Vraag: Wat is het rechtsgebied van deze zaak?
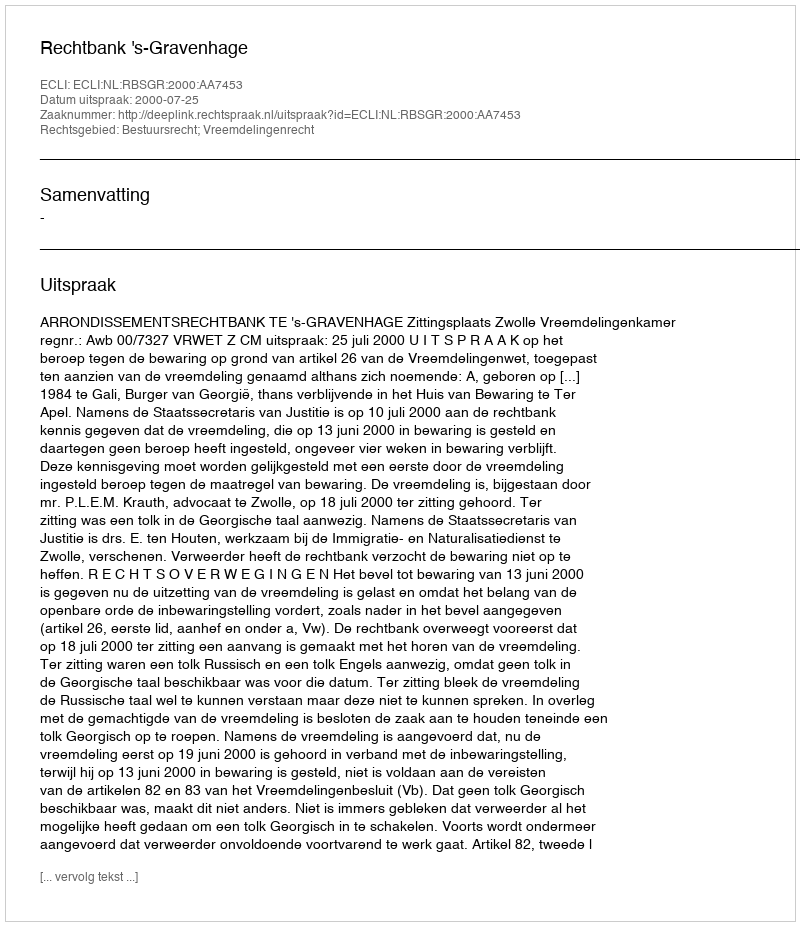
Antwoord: Bestuursrecht; Vreemdelingenrecht